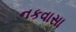
નકવાસા